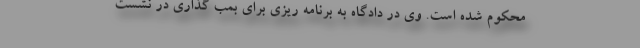
محکوم شده است. وی در دادگاه به برنامه ریزی برای بمب گذاری در نشست